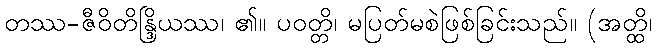
တဿ-ဇီဝိတိန္ဒြိယဿ၊ ၏။ ပဝတ္တိ၊ မပြတ်မစဲဖြစ်ခြင်းသည်။ (အတ္ထိ၊